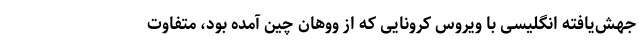
جهش‌یافته انگلیسی با ویروس کرونایی که از ووهان چین آمده بود، متفاوت